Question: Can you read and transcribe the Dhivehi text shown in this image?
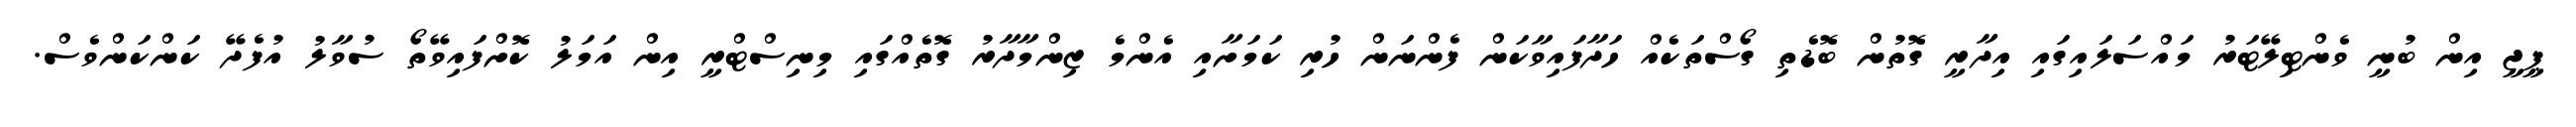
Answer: ޕީޖީ އިން ބުނީ ވެންޓިލޭޓަރު މައްސަލައިގައި އިދާރީ ގޮތުން ބޮޑެތި ގޯސްތަކެއް ހަދާފައިވާކަން ފެންނަން ހުރި ކަމަށާއި އެންމެ ޒިންމާދާރު ގޮތެއްގައި މިނިސްޓްރީ އިން އަމަލު ކޮށްފައިވޭތޯ ސުވާލު އުފެދޭ ކަންކަންވެސް.